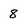
Character: 8